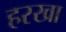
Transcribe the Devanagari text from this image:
हरखा